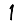
Digit: 1